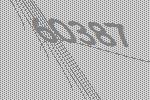
60387